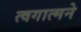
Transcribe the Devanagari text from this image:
त्वगात्मने